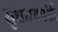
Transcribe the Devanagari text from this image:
सुधारकांशी